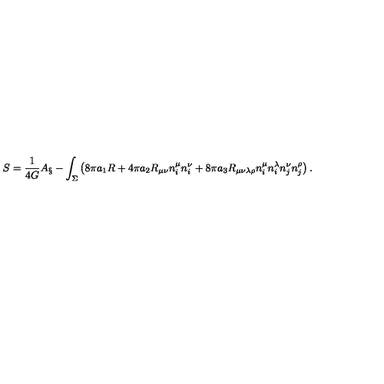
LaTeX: S = { \frac { 1 } { 4 G } } A _ { \S } - \int _ { \Sigma } \left( 8 \pi a _ { 1 } R + 4 \pi a _ { 2 } R _ { \mu \nu } n _ { i } ^ { \mu } n _ { i } ^ { \nu } + 8 \pi a _ { 3 } R _ { \mu \nu \lambda \rho } n _ { i } ^ { \mu } n _ { i } ^ { \lambda } n _ { j } ^ { \nu } n _ { j } ^ { \rho } \right) .